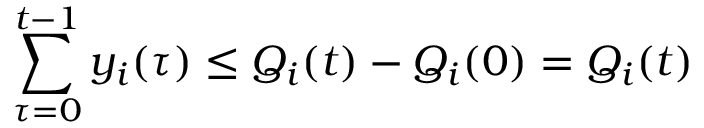
\sum _ { \tau = 0 } ^ { t - 1 } y _ { i } ( \tau ) \leq Q _ { i } ( t ) - Q _ { i } ( 0 ) = Q _ { i } ( t )